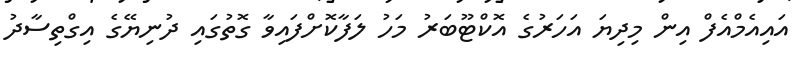
އައިއެމްއެފް އިން މިދިޔަ އަހަރުގެ އޮކްޓޫބަރު މަހު ލަފާކޮށްފައިވާ ގޮތުގައި ދުނިޔޭގެ އިގްތިސާދު